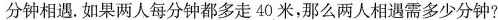
分钟相遇. 如果两人每分钟都多走40米，那么两人相遇需多少分钟?